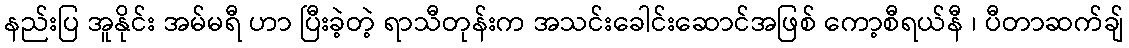
နည်းပြ အူနိုင်း အမ်မရီ ဟာ ပြီးခဲ့တဲ့ ရာသီတုန်းက အသင်းခေါင်းဆောင်အဖြစ် ကော့စီရယ်နီ ၊ ပီတာဆက်ချ်